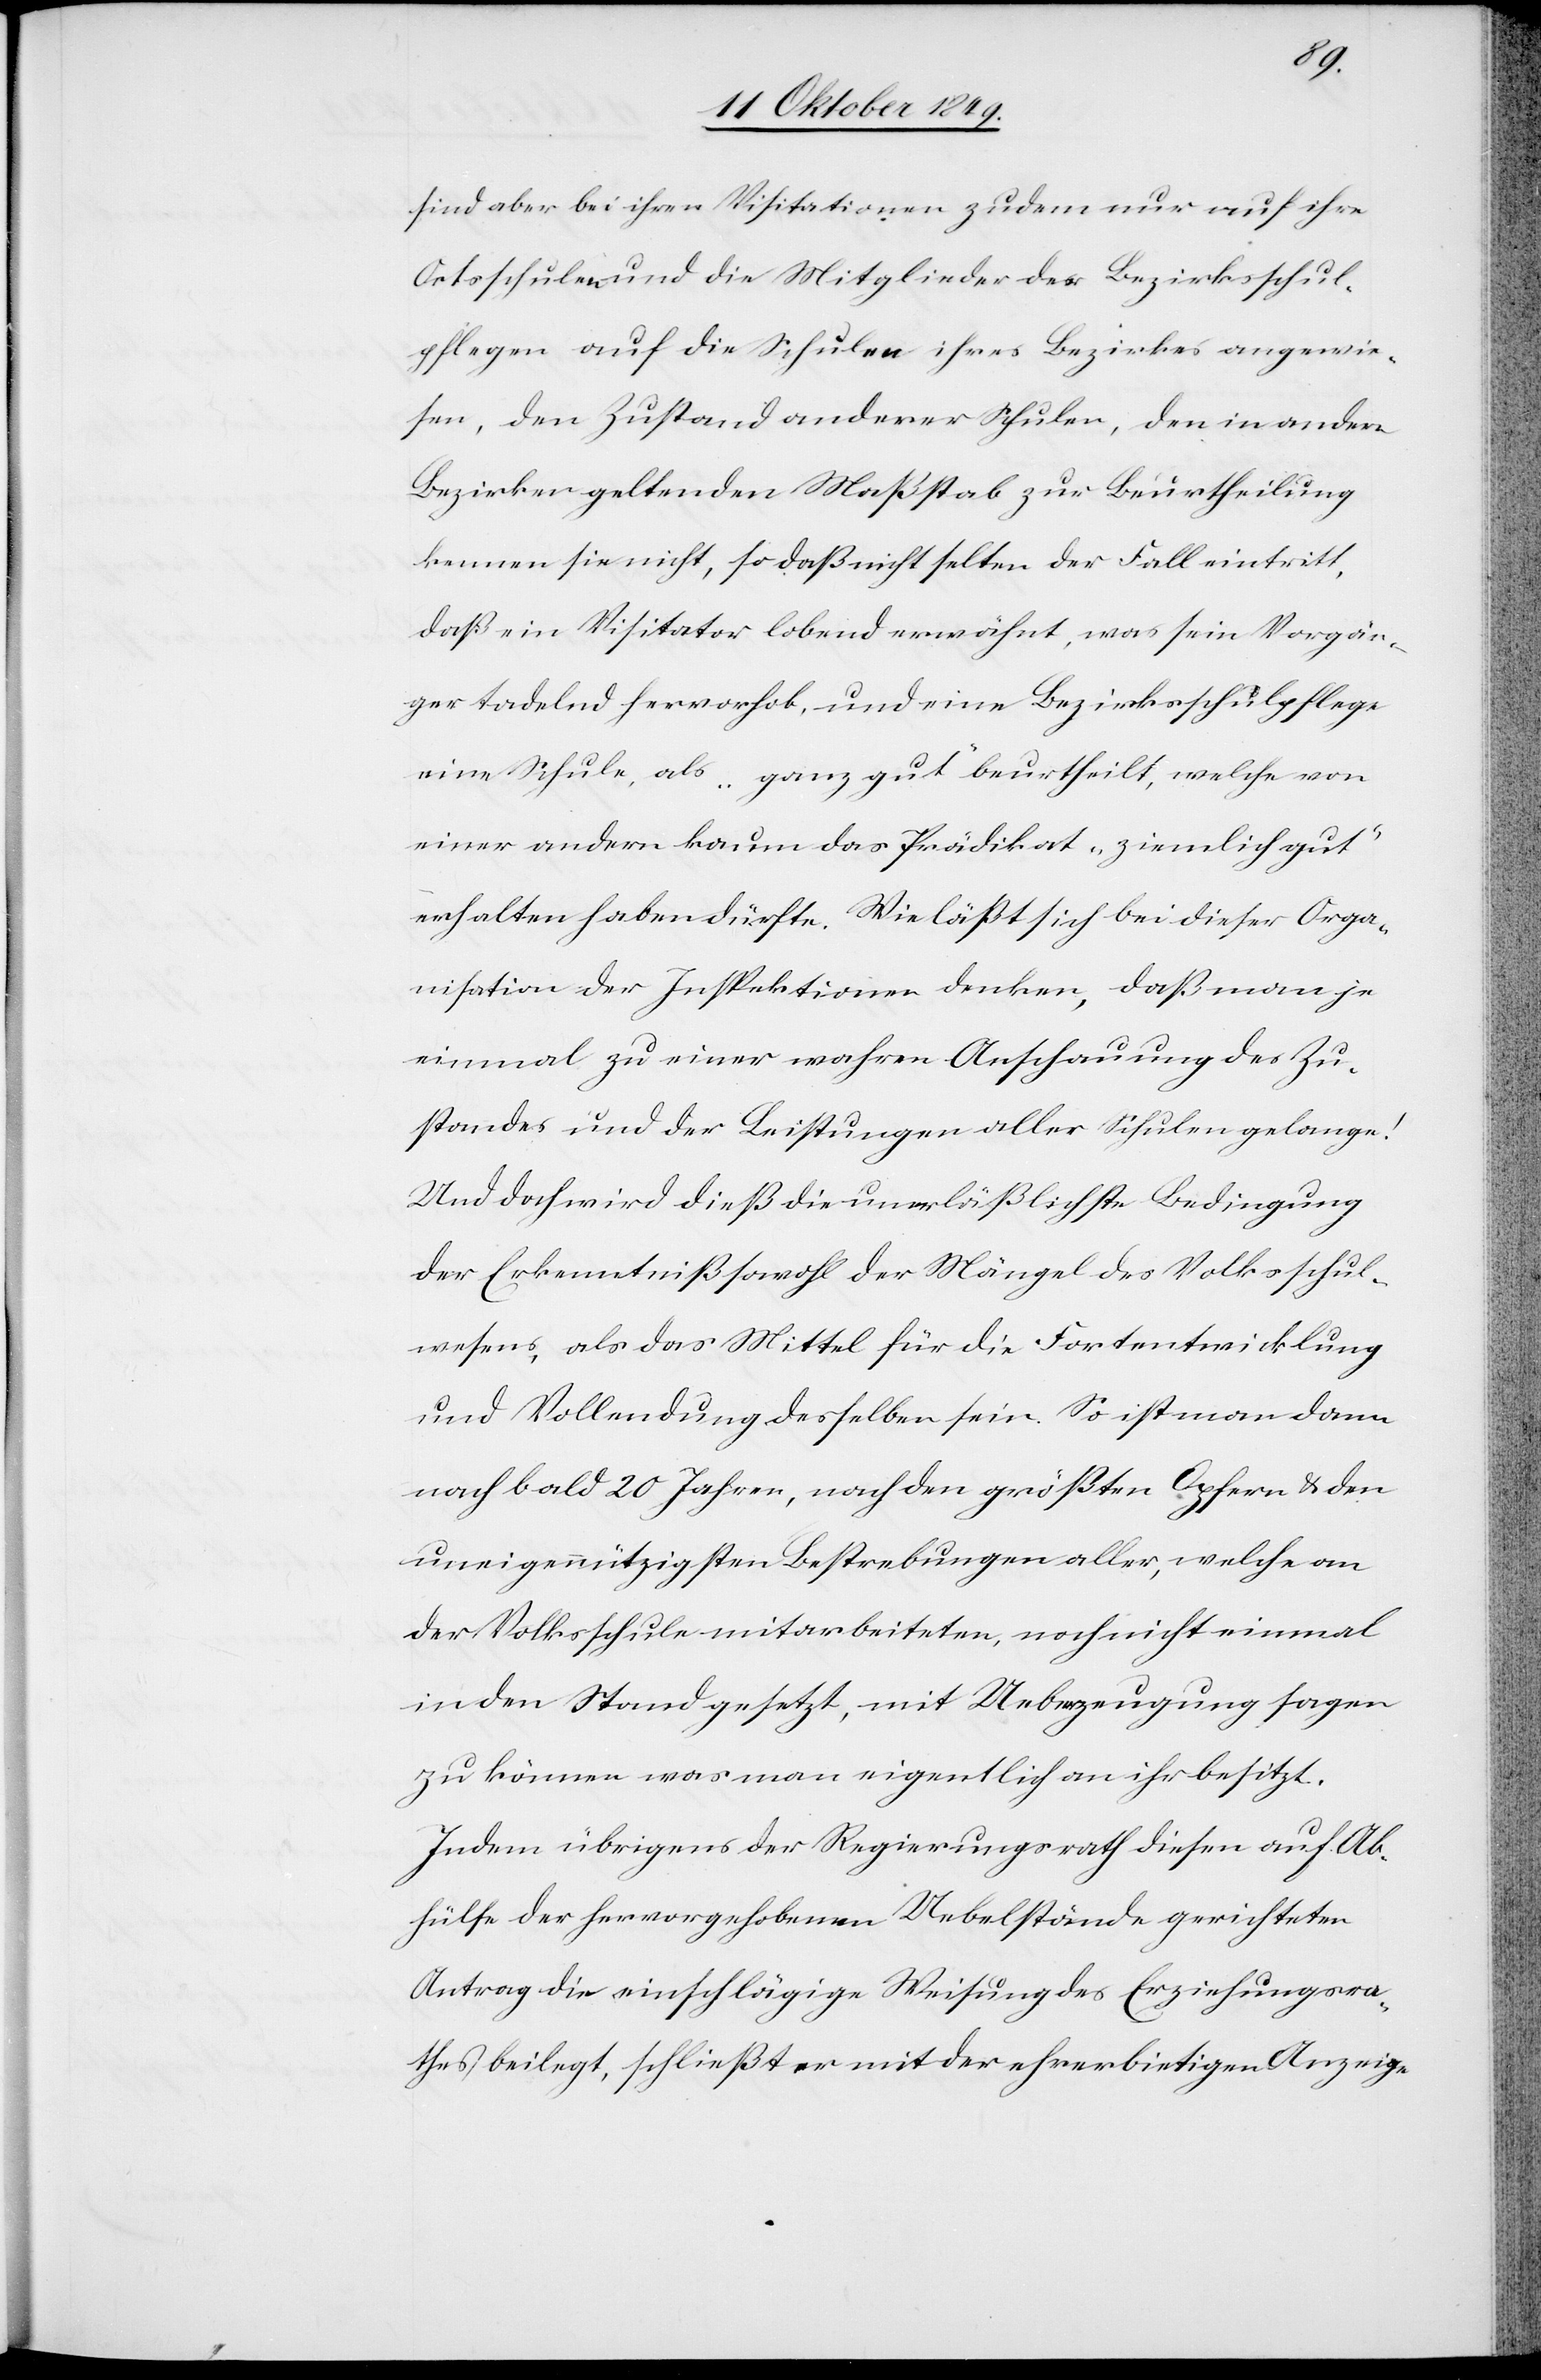
sind aber bei ihren Visitationen zu dem nur auf ihre
Ortsschulen und die Mitglieder der Bezirksschul¬
pflegen auf die Schulen ihres Bezirkes angewie¬
sen, den Zustand anderer Schulen, den in andern
Bezirken geltenden Maßstab zur Beurtheilung
kennen sie nicht, so daß nicht selten der Fall eintritt,
daß ein Visitator lobend erwähnt, was sein Vorgän¬
ger tadelnd hervorhob, und eine Bezirksschulpflege
eine Schule, als „ganz gut“ beurtheilt, welche von
einer andern kaum das Prädikat „ziemlich gut“
erhalten haben dürfte. Wie läßt sich bei dieser Orga¬
nisation der Inspektionen denken, daß man je
einmal zu einer wahren Anschauung des Zu¬
standes und der Leistungen aller Schulen gelange!
Und doch wird dieß die unerläßliche Bedingung
der Erkenntniß sowohl der Mängel des Volksschul¬
wesens, als das Mittel für die Fortentwicklung
und Vollendung desselben sein. So ist man dann
nach bald 20 Jahren, nach den größten Opfern u. den
uneigennützigsten Bestrebungen aller, welche an
der Volksschule mitarbeiteten, noch nicht einmal
in den Stand gesetzt, mit Ueberzeugung sagen
zu können was man eigentlich an ihr besitzt.
Indem übrigens der Regierungsrath diesem auf Ab¬
hülfe der hervorgehobenen Uebelstände gerichteten
Antrag die einschlägige Weisung des Erziehungsra¬
thes beilegt, schließt er mit der ehrerbietigen Anzeige